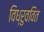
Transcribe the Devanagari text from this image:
विध्रुववित